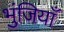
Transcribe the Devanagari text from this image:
भुंजियाँ